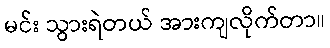
မင်း သွားရဲတယ် အားကျလိုက်တာ။